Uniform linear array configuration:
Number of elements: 4
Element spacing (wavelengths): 1
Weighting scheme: uniform
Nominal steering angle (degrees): -45
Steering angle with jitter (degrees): -43.035
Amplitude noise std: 0.05
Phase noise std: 0.05

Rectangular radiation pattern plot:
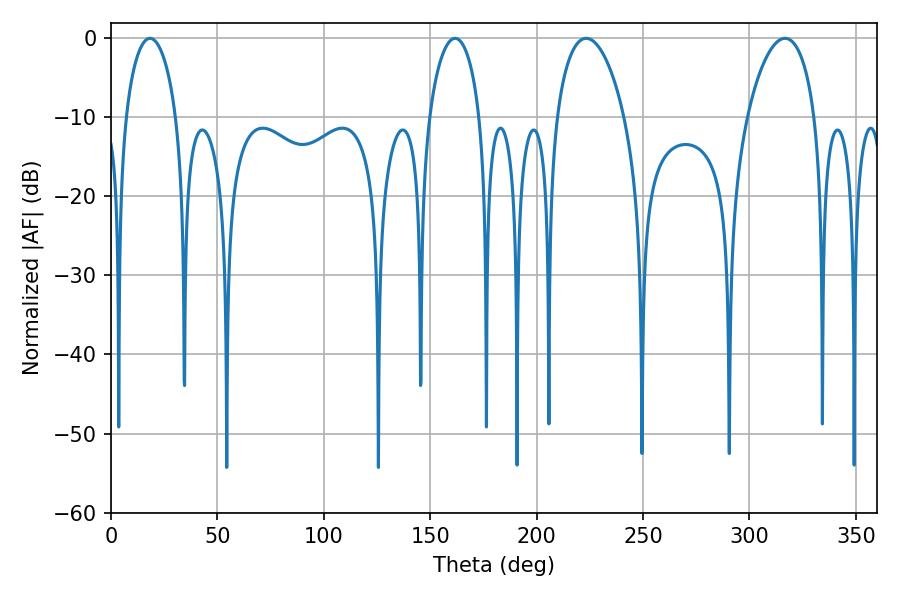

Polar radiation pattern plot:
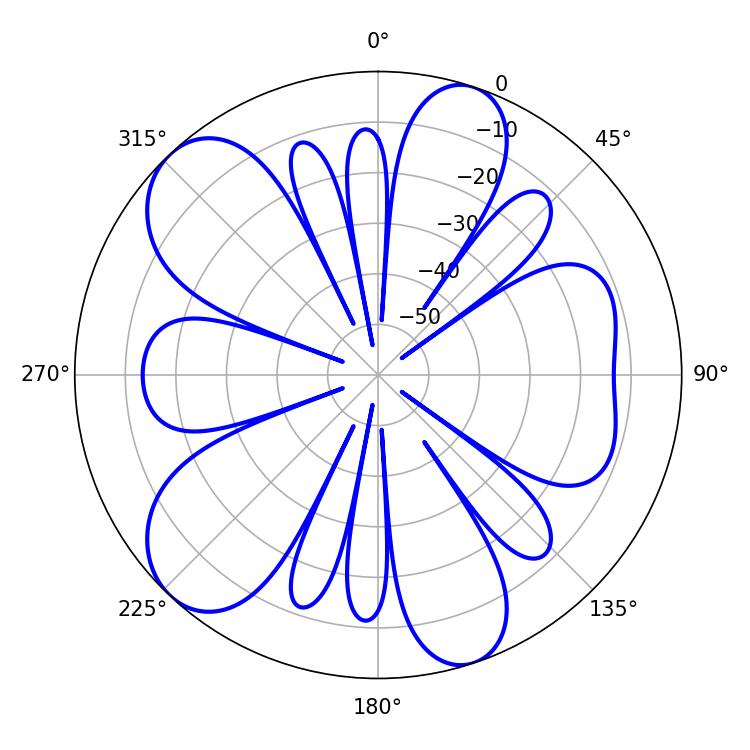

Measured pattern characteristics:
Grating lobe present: TRUE
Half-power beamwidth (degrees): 13.68
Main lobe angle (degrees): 18.36